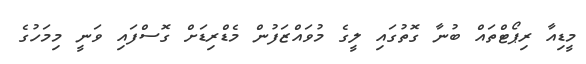
މީޑިއާ ރިޕޯޓްތައް ބުނާ ގޮތުގައި ލީގެ މުވައްޒަފުން މެޑްރިޑަށް ގޮސްފައި ވަނީ މިމަހުގެ